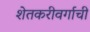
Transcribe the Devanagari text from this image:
शेतकरीवर्गाची